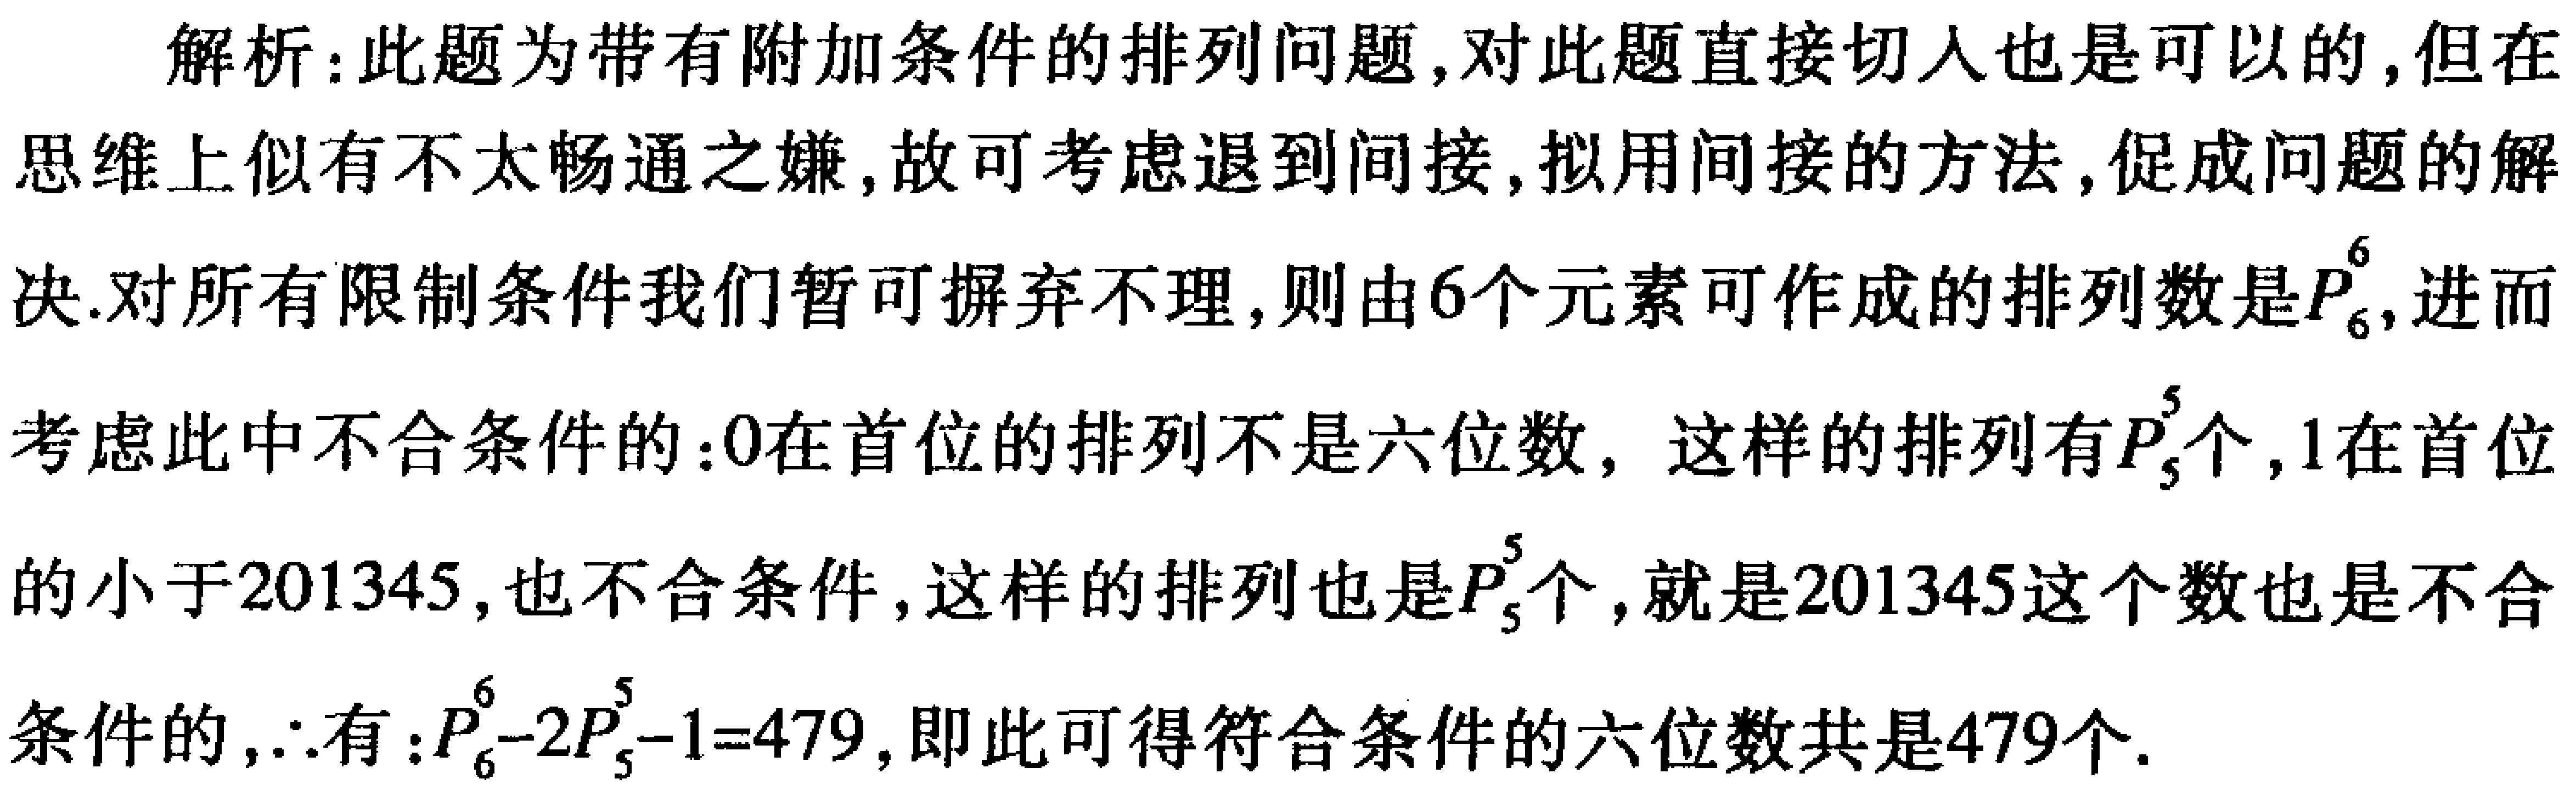
解析：此题为带有附加条件的排列问题，对此题直接切入也是可以的，但在思维上似有不太畅通之嫌，故可考虑退到间接，拟用间接的方法，促成问题的解决.对所有限制条件我们暂可摒弃不理，则由\(6\)个元素可作成的排列数是\(P_{6}^{6}\)，进而考虑此中不合条件的：\(0\)在首位的排列不是六位数，这样的排列有\(P_{5}^{5}\)个，\(1\)在首位的小于\(201345\)，也不合条件，这样的排列也是\(P_{5}^{5}\)个，就是\(201345\)这个数也是不合条件的，\(\therefore\)有：\(P_{6}^{6}-2P_{5}^{5}-1 = 479\)，即此可得符合条件的六位数共是\(479\)个.